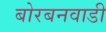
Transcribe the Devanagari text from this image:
बोरबनवाडी